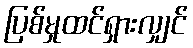
ပြစ်မှုထင်ရှားလျှင်